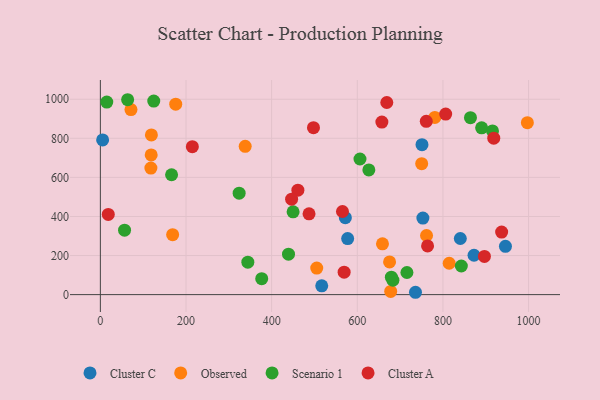
{"axis": {"x": "Price", "y": "Yield"}, "legend": ["Cluster A", "Cluster C", "Observed", "Scenario 1"], "data": [{"x": "751.1", "y": 767.2, "type": "Cluster C"}, {"x": "5.3", "y": 792.0, "type": "Cluster C"}, {"x": "840.6", "y": 287.2, "type": "Cluster C"}, {"x": "946.0", "y": 247.2, "type": "Cluster C"}, {"x": "572.1", "y": 393.9, "type": "Cluster C"}, {"x": "577.5", "y": 287.1, "type": "Cluster C"}, {"x": "735.9", "y": 12.0, "type": "Cluster C"}, {"x": "872.6", "y": 201.4, "type": "Cluster C"}, {"x": "753.2", "y": 391.9, "type": "Cluster C"}, {"x": "517.0", "y": 45.2, "type": "Cluster C"}, {"x": "761.7", "y": 302.5, "type": "Observed"}, {"x": "338.2", "y": 758.9, "type": "Observed"}, {"x": "675.4", "y": 167.5, "type": "Observed"}, {"x": "814.6", "y": 160.6, "type": "Observed"}, {"x": "750.4", "y": 670.3, "type": "Observed"}, {"x": "997.2", "y": 880.0, "type": "Observed"}, {"x": "781.1", "y": 907.1, "type": "Observed"}, {"x": "168.8", "y": 306.6, "type": "Observed"}, {"x": "678.0", "y": 16.2, "type": "Observed"}, {"x": "118.0", "y": 647.5, "type": "Observed"}, {"x": "176.0", "y": 974.9, "type": "Observed"}, {"x": "119.2", "y": 817.1, "type": "Observed"}, {"x": "505.3", "y": 135.8, "type": "Observed"}, {"x": "118.7", "y": 715.0, "type": "Observed"}, {"x": "658.8", "y": 260.2, "type": "Observed"}, {"x": "71.5", "y": 946.9, "type": "Observed"}, {"x": "843.0", "y": 146.6, "type": "Scenario 1"}, {"x": "627.0", "y": 638.1, "type": "Scenario 1"}, {"x": "63.7", "y": 997.5, "type": "Scenario 1"}, {"x": "166.3", "y": 613.5, "type": "Scenario 1"}, {"x": "450.1", "y": 423.7, "type": "Scenario 1"}, {"x": "344.4", "y": 166.2, "type": "Scenario 1"}, {"x": "890.4", "y": 853.5, "type": "Scenario 1"}, {"x": "606.3", "y": 694.1, "type": "Scenario 1"}, {"x": "715.9", "y": 113.2, "type": "Scenario 1"}, {"x": "376.8", "y": 81.8, "type": "Scenario 1"}, {"x": "915.7", "y": 837.8, "type": "Scenario 1"}, {"x": "56.5", "y": 329.7, "type": "Scenario 1"}, {"x": "679.6", "y": 89.3, "type": "Scenario 1"}, {"x": "864.3", "y": 905.4, "type": "Scenario 1"}, {"x": "439.4", "y": 207.2, "type": "Scenario 1"}, {"x": "124.7", "y": 990.6, "type": "Scenario 1"}, {"x": "683.2", "y": 73.8, "type": "Scenario 1"}, {"x": "15.0", "y": 985.7, "type": "Scenario 1"}, {"x": "324.1", "y": 519.4, "type": "Scenario 1"}, {"x": "569.3", "y": 115.0, "type": "Cluster A"}, {"x": "461.3", "y": 534.6, "type": "Cluster A"}, {"x": "214.8", "y": 757.0, "type": "Cluster A"}, {"x": "487.3", "y": 413.3, "type": "Cluster A"}, {"x": "668.9", "y": 983.3, "type": "Cluster A"}, {"x": "446.6", "y": 488.3, "type": "Cluster A"}, {"x": "764.1", "y": 249.2, "type": "Cluster A"}, {"x": "18.5", "y": 410.7, "type": "Cluster A"}, {"x": "937.1", "y": 320.2, "type": "Cluster A"}, {"x": "806.4", "y": 924.0, "type": "Cluster A"}, {"x": "565.4", "y": 425.3, "type": "Cluster A"}, {"x": "497.7", "y": 854.2, "type": "Cluster A"}, {"x": "896.9", "y": 195.6, "type": "Cluster A"}, {"x": "761.1", "y": 887.2, "type": "Cluster A"}, {"x": "918.7", "y": 800.5, "type": "Cluster A"}, {"x": "657.4", "y": 883.3, "type": "Cluster A"}]}